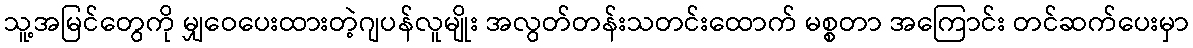
သူ့အမြင်တွေကို မျှဝေပေးထားတဲ့ဂျပန်လူမျိုး အလွတ်တန်းသတင်းထောက် မစ္စတာ အကြောင်း တင်ဆက်ပေးမှာ